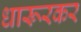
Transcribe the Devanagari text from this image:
धारूरकर